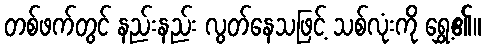
တစ်ဖက်တွင် နည်းနည်း လွတ်နေသဖြင့် သစ်လုံးကို ရွှေ့၏။